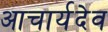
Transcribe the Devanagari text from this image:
आचार्यदेव